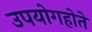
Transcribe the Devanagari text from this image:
उपयोगहोते